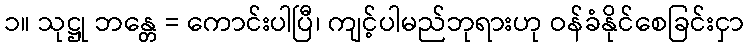
၁။ သုဋ္ဌု ဘန္တေ = ကောင်းပါပြီ၊ ကျင့်ပါမည်ဘုရားဟု ဝန်ခံနိုင်စေခြင်းငှာ